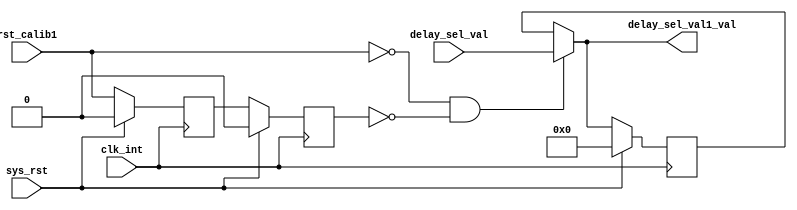
//******************************************************************************
//
//  Xilinx, Inc. 2002                 www.xilinx.com
//
//  XAPP 253 - Synthesizable DDR SDRAM Controller
//
//*******************************************************************************
//
//
//  Description :
//                    Main fucntions of this module
//                       - generation of FPGA clocks.
//                       - generation of reset signals
//                       - implements calibration mechanism
//
//  Date - revision : 05/01/2002
//
//
//  Contact : e-mail  hotline@xilinx.com
//            phone   + 1 800 255 7778
//
//  Disclaimer: LIMITED WARRANTY AND DISCLAMER. These designs are
//              provided to you "as is". Xilinx and its licensors make and you
//              receive no warranties or conditions, express, implied,
//              statutory or otherwise, and Xilinx specifically disclaims any
//              implied warranties of merchantability, non-infringement, or
//              fitness for a particular purpose. Xilinx does not warrant that
//              the functions contained in these designs will meet your
//              requirements, or that the operation of these designs will be
//              uninterrupted or error free, or that defects in the Designs
//              will be corrected. Furthermore, Xilinx does not warrant or
//              make any representations regarding use or the results of the
//              use of the designs in terms of correctness, accuracy,
//              reliability, or otherwise.
//
//              LIMITATION OF LIABILITY. In no event will Xilinx or its
//              licensors be liable for any loss of data, lost profits, cost
//              or procurement of substitute goods or services, or for any
//              special, incidental, consequential, or indirect damages
//              arising from the use or operation of the designs or
//              accompanying documentation, however caused and on any theory
//              of liability. This limitation will apply even if Xilinx
//              has been advised of the possibility of such damage. This
//              limitation shall apply not-withstanding the failure of the
//              essential purpose of any limited remedies herein.
//
//  Copyright  2002 Xilinx, Inc.
//  All rights reserved
//
//*****************************************************************************
`timescale 1ns/100ps
module infrastructure
    (
       //inputs
       sys_rst,
       clk_int,
       rst_calib1,
       delay_sel_val,
       //output
       delay_sel_val1_val
    );

//Input/Output declarations
input         sys_rst;
input         clk_int;
input         rst_calib1;
input [4:0] delay_sel_val;

output [4:0] delay_sel_val1_val;

//---- Signal declarations used on the diagram ----

wire user_rst;
wire clk_int;
wire clk90_int;
wire dcm_lock;

reg sys_rst_o;
reg sys_rst_1;//: std_logic := '1';
reg sys_rst90_o;
reg sys_rst90_1;//             : std_logic := '1';
reg sys_rst90;
reg sys_rst180_o;
reg sys_rst180_1;//            : std_logic := '1';
reg sys_rst180;
reg sys_rst270_o ;
reg sys_rst270_1;//            : std_logic := '1';
reg sys_rst270;
reg rst_calib1_r1;
reg rst_calib1_r2;
wire stuck_at1;
wire vcc;

wire [4:0] delay_sel_val;
wire [4:0] delay_sel_val1;

reg  [4:0] delay_sel_val1_r;

assign delay_sel_val1_val = delay_sel_val1;
assign delay_sel_val1 = (!rst_calib1 && !rst_calib1_r2)? delay_sel_val:delay_sel_val1_r;

always @(posedge clk_int)
begin
   if(sys_rst)
   begin
     delay_sel_val1_r <= 5'b0000;
     rst_calib1_r1    <= 1'b0;
     rst_calib1_r2    <= 1'b0;
   end
   else
   begin
     delay_sel_val1_r <= delay_sel_val1;
     rst_calib1_r1    <= rst_calib1;
     rst_calib1_r2    <= rst_calib1_r1;
   end
end

endmodule